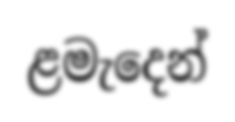
ළමැදෙන්